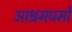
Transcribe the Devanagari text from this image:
आश्रमधर्मों